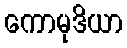
ကောမုဒိယာ